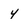
Character: y